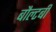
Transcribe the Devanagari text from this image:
बौल्टबी